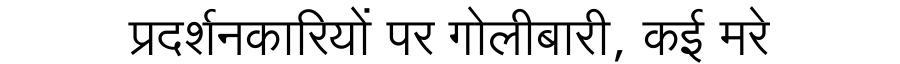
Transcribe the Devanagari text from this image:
प्रदर्शनकारियों पर गोलीबारी, कई मरे